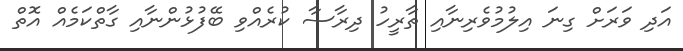
އަދި ވަރަށް ގިނަ އިލުމުވެރިނާއި ތާރީހު ދިރާސާ ކުރެއްވި ބޭފުޅުންނާއި ގާތްކަމެއް އޮތް